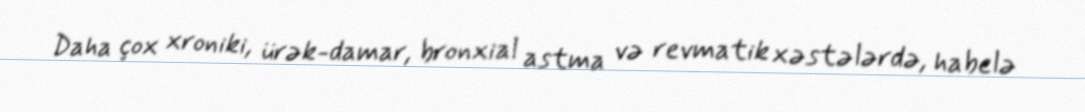
Daha çox xroniki, ürək-damar, bronxial astma və revmatik xəstələrdə, habelə